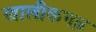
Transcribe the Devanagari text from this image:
खालीकगढ़